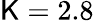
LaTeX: \mathsf{K}=2.8